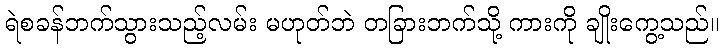
ရဲစခန်ဘက်သွားသည့်လမ်း မဟုတ်ဘဲ တခြားဘက်သို့ ကားကို ချိုးကွေ့သည်။